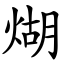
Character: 煳